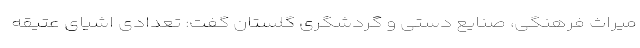
میراث فرهنگی، صنایع دستی و گردشگری گلستان گفت: تعدادی اشیای عتیقه